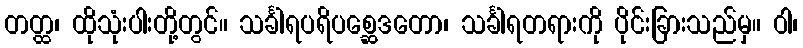
တတ္ထ၊ ထိုသုံးပါးတို့တွင်။ သင်္ခါရပရိပစ္ဆေဒတော၊ သင်္ခါရတရားကို ပိုင်းခြားသည်မှ။ ဝါ၊